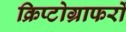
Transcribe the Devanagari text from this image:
क्रिप्टोग्राफरों